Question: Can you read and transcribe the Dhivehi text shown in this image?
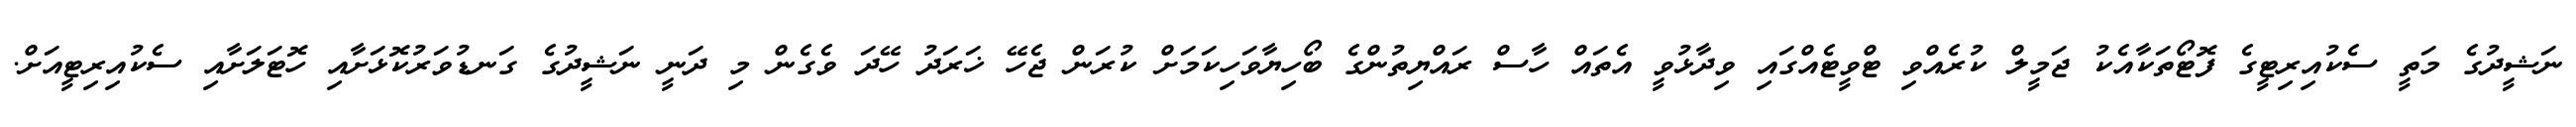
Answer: ނަޝީދުގެ މަތީ ސެކުއިރިޓީގެ ފޮޓޯތަކާއެކު ޖަމީލް ކުރެއްވި ޓްވީޓެއްގައި ވިދާޅުވީ އެތައް ހާސް ރައްޔިތުންގެ ބޯހިޔާވަހިކަމަށް ކުރަން ޖެހޭ ޚަރަދު ހޭދަ ވެގެން މި ދަނީ ނަޝީދުގެ ގަނޑުވަރުކޮޅަށާއި ހޮޓަލަށާއި ސެކުއިރިޓީއަށް.